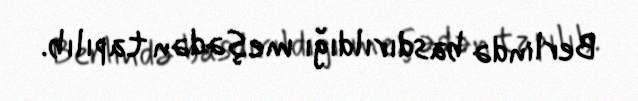
Berlində basdırıldığı meşədən tapılıb.